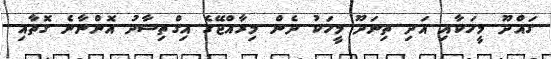
ގައްދޫ މީހަކާއި އަދި ތިނަދޫ މީހަކު ދެން މިރާއްޖޭގެ އިގްތިސާދު އޮންނާނެ ގޮތާއި